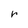
Character: r